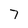
Character: 7